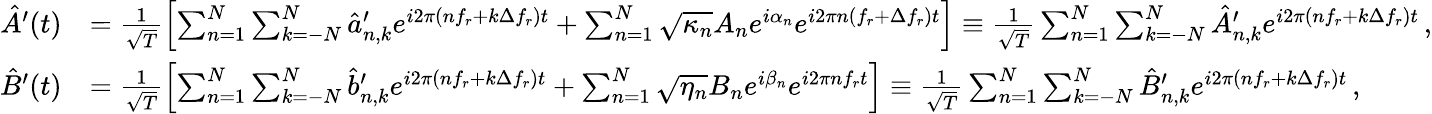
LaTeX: \begin{array}{rl}{\hat{A}^{\prime}(t)}&{=\frac{1}{\sqrt T}\left[\sum_{n=1}^{N}\sum_{{k}=-N}^{N}\hat{a}_{n,k}^{\prime}e^{i2\pi(nf_{r}+{k}\Delta f_{r})t}+\sum_{n=1}^{N}\sqrt{\kappa_{n}}A_{n}e^{i\alpha_{n}}e^{i2\pi n(f_{r}+\Delta f_{r})t}\right]\equiv\frac{1}{\sqrt T}\sum_{n=1}^{N}\sum_{{k}=-N}^{N}\hat{A}_{n,k}^{\prime}e^{i2\pi(nf_{r}+k\Delta f_{r})t}\, ,}\\ {\hat{B}^{\prime}(t)}&{=\frac{1}{\sqrt T}\left[\sum_{n=1}^{N}\sum_{{k}=-N}^{N}\hat{b}_{n,k}^{\prime}e^{i2\pi(nf_{r}+{k}\Delta f_{r})t}+\sum_{n=1}^{N}\sqrt{\eta_{n}}B_{n}e^{i\beta_{n}}e^{i2\pi nf_{r}t}\right]\equiv\frac{1}{\sqrt T}\sum_{n=1}^{N}\sum_{{k}=-N}^{N}\hat{B}_{n,k}^{\prime}e^{i2\pi(nf_{r}+k\Delta f_{r})t}\, ,}\end{array}